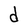
Character: d